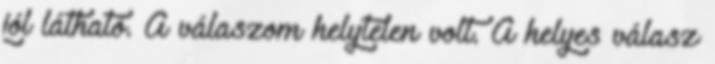
jól látható. A válaszom helytelen volt. A helyes válasz